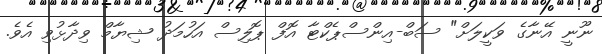
ނޫނީ އޭނާގެ ވަކީލަށް" ސަބް-އިންސްޕެކްޓާ އޮފް ޕޮލިސް އަހުމަދު ޝިޔާމް ވިދާޅުވި އެވެ.